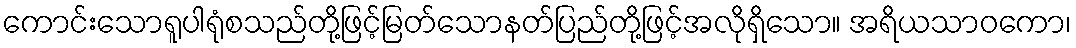
ကောင်းသောရူပါရုံစသည်တို့ဖြင့်မြတ်သောနတ်ပြည်တို့ဖြင့်အလိုရှိသော။ အရိယသာဝကော၊